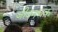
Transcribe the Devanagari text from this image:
जीवनचक